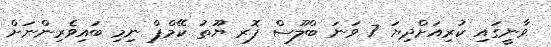
ވާނީގައި ކުރިއަށްދިޔަ 7 ވަނަ ބްލޫސް ފޮރ ޔޫތު ކޭމްޕް ނިމި ބައިވެރިންނަށް